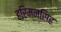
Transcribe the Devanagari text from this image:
हरिमनसिंह